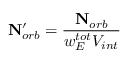
\mathbf { N } _ { o r b } ^ { \prime } = \frac { \mathbf { N } _ { o r b } } { w _ { E } ^ { t o t } V _ { i n t } }